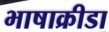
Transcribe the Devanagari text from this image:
भाषाक्रीडा